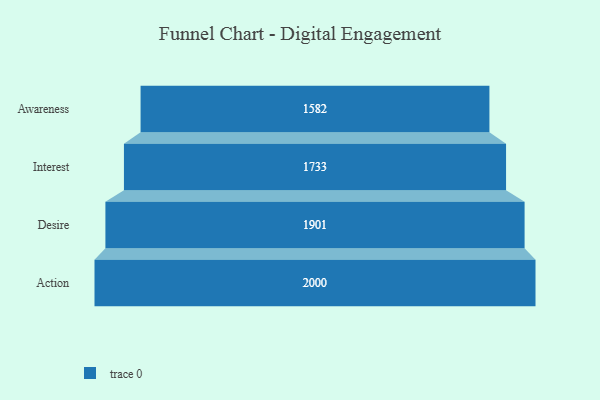
{"axis": {"x": "Stage", "y": "Value"}, "legend": [""], "data": [{"x": "Awareness", "y": 1582.0, "type": ""}, {"x": "Interest", "y": 1733.0, "type": ""}, {"x": "Desire", "y": 1901.0, "type": ""}, {"x": "Action", "y": 2000, "type": ""}]}